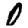
Digit: 0